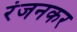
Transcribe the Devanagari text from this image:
रंजनकर